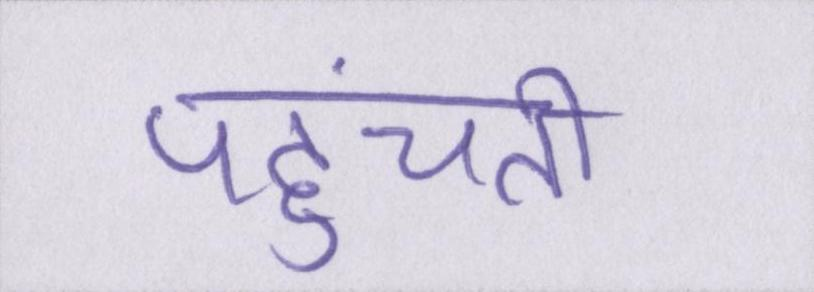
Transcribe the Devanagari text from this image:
पहुंचती